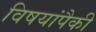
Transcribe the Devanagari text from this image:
विषयांपैकी